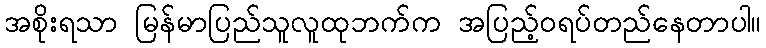
အစိုးရသာ မြန်မာပြည်သူလူထုဘက်က အပြည့်ဝရပ်တည်နေတာပါ။